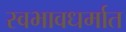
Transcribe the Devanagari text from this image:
स्वभावधर्मात